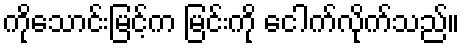
ကိုသောင်းမြင့်က မြင်းကို ငေါက်လိုက်သည်။